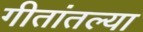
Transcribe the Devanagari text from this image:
गीतांतल्या